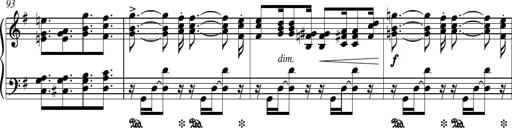
Title: Piano Sonatina in G major
Composer: Johan Peter Emilius Hartmann
Key: G major